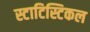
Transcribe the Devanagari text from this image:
स्टाटिस्टिकल